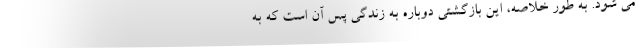
می شود. به طور خلاصه، این بازگشتی دوباره به زندگی پس آن است که به